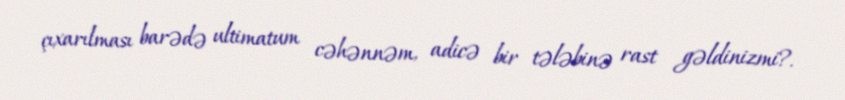
çıxarılması barədə ultimatum cəhənnəm, adicə bir tələbinə rast gəldinizmi?.